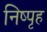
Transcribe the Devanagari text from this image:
निष्पृह